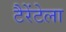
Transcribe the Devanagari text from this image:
टैरेंटेला